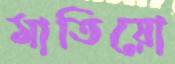
মাতিয়ো